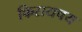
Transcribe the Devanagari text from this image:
फिरायचय